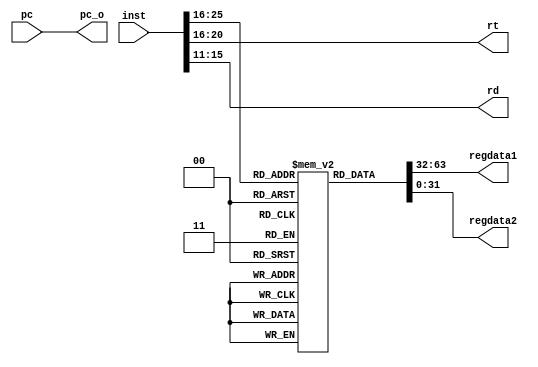
module decode(
    input [31:0] inst,
    input [31:0] pc,
    output reg [31:0] regdata1,
    output reg [31:0] regdata2,
    output reg [4:0] rt,
    output reg [4:0] rd,
    output reg [31:0] pc_o
);

reg [31:0] regFile [31:0];


initial begin
    regFile[0] = 0;
    regFile[1] = 1;
    regFile[2] = 2;
    regFile[3] = 3;
    regFile[4] = 4;
    regFile[5] = 5;
    regFile[6] = 6;
    regFile[7] = 7;
    regFile[8] = 8;
    regFile[9] = 9;
    regFile[10] = 10;
    regFile[11] = 11;
    regFile[12] = 12;
    regFile[13] = 13;
    regFile[14] = 14;
    regFile[15] = 15;
end

always @(inst) begin
    regdata1 = regFile[inst[25:21]];
    regdata2 = regFile[inst[20:16]];
    rt = inst[20:16];
    rd = inst[15:11];
    pc_o = pc;
    $display("Decode RdReg1=%d RdReg2=%d rt=%d rd=%d pc_d=%d", regdata1, regdata2, rt, rd, pc_o);
end

endmodule